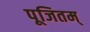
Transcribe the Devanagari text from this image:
पूजितम्